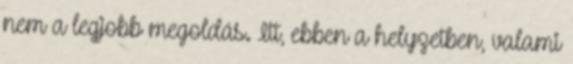
nem a legjobb megoldás. Itt, ebben a helyzetben, valami